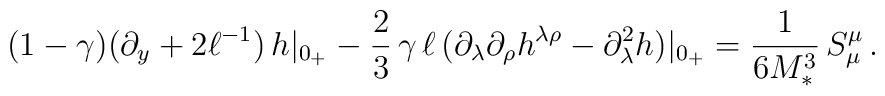
(1-\gamma) (\partial_y + 2\ell^{-1})\,h|_{0_+}-\frac{2}{3}\,\gamma\,\ell\,\big(\partial_\lambda\partial_\rho h^{\lambda\rho}-\partial_\lambda^2 h\big)|_{0_+}=\frac{1}{6M_*^3}\,S_\mu^\mu\,.